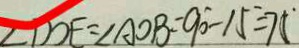
\angle D O E = \angle A O B = 9 0 ^ { \circ } - 1 5 ^ { \circ } = 7 5 ^ { \circ }